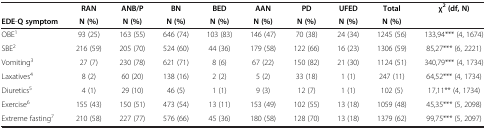
<table><thead><tr><td><b> </b></td><td><b>RAN</b></td><td><b>ANB/P</b></td><td><b>BN</b></td><td><b>BED</b></td><td><b>AAN</b></td><td><b>PD</b></td><td><b>UFED</b></td><td><b>Total</b></td><td><b>χ<sup>2</sup> (df, N)</b></td></tr><tr><td><b>EDE-Q symptom</b></td><td><b>N (%)</b></td><td><b>N (%)</b></td><td><b>N (%)</b></td><td><b>N (%)</b></td><td><b>N (%)</b></td><td><b>N (%)</b></td><td><b>N (%)</b></td><td><b>N (%)</b></td><td><b> </b></td></tr></thead><tbody><tr><td>OBE<sup>1</sup></td><td>93 (25)</td><td>163 (55)</td><td>646 (74)</td><td>103 (83)</td><td>146 (47)</td><td>70 (38)</td><td>24 (34)</td><td>1245 (56)</td><td>133,94*** (4, 1674)</td></tr><tr><td>SBE<sup>2</sup></td><td>216 (59)</td><td>205 (70)</td><td>524 (60)</td><td>44 (36)</td><td>179 (58)</td><td>122 (66)</td><td>16 (23)</td><td>1306 (59)</td><td>85,27*** (6, 2221)</td></tr><tr><td>Vomiting<sup>3</sup></td><td>27 (7)</td><td>230 (78)</td><td>621 (71)</td><td>8 (6)</td><td>67 (22)</td><td>150 (82)</td><td>21 (30)</td><td>1124 (51)</td><td>340,79*** (4, 1734)</td></tr><tr><td>Laxatives<sup>4</sup></td><td>8 (2)</td><td>60 (20)</td><td>138 (16)</td><td>2 (2)</td><td>5 (2)</td><td>33 (18)</td><td>1 (1)</td><td>247 (11)</td><td>64,52*** (4, 1734)</td></tr><tr><td>Diuretics<sup>5</sup></td><td>4 (1)</td><td>29 (10)</td><td>46 (5)</td><td>1 (1)</td><td>9 (3)</td><td>12 (7)</td><td>1 (1)</td><td>102 (5)</td><td>17,11** (4, 1734)</td></tr><tr><td>Exercise<sup>6</sup></td><td>155 (43)</td><td>150 (51)</td><td>473 (54)</td><td>13 (11)</td><td>153 (49)</td><td>102 (55)</td><td>13 (18)</td><td>1059 (48)</td><td>45,35*** (5, 2098)</td></tr><tr><td>Extreme fasting<sup>7</sup></td><td>210 (58)</td><td>227 (77)</td><td>576 (66)</td><td>45 (36)</td><td>180 (58)</td><td>128 (70)</td><td>13 (18)</td><td>1379 (62)</td><td>99,75*** (5, 2097)</td></tr></tbody></table>